Report on sanitation, dispensaries, and jails in Rajputana for 1912, and on vaccination for the year 1912-1913 - 1912-1913
Year: 1912
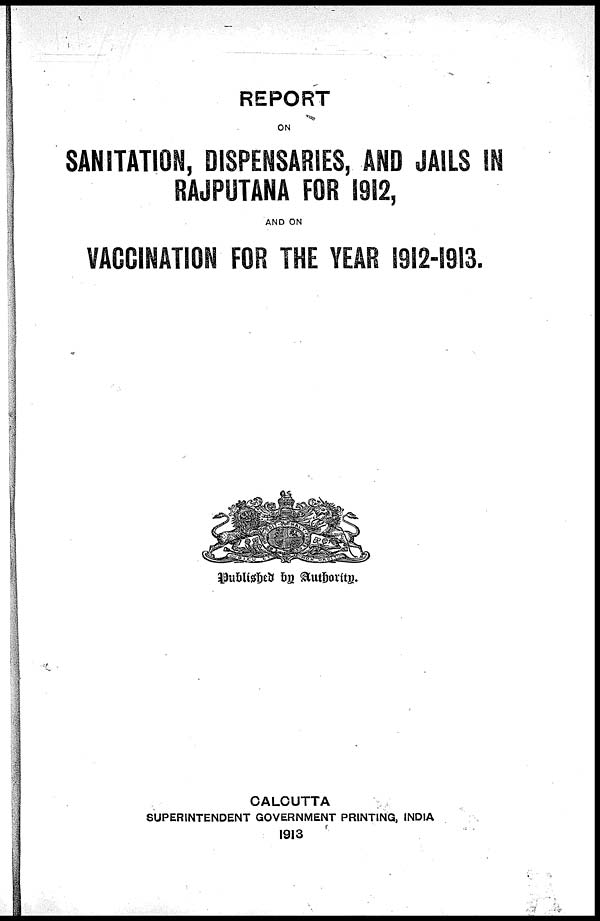
REPORT
ON
SANITATION, DISPENSARIES, AND JAILS IN
RAJPUTANA FOR 1912,
AND ON
VACCINATION FOR THE YEAR 1912-1913.
Published by Authority.
CALCUTTA
SUPERINTENDENT GOVERNMENT PRINTING, INDIA
1913